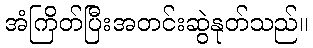
အံကြိတ်ပြီးအတင်းဆွဲနုတ်သည်။